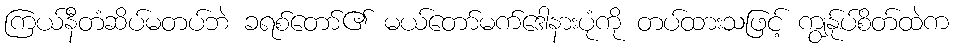
ကြယ်နီတံဆိပ်မတပ်ဘဲ ခရစ်တော်၏ မယ်တော်မက်ဒေါနားပုံကို တပ်ထားသဖြင့် ကျွန်ုပ်စိတ်ထဲက